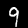
Digit: 9